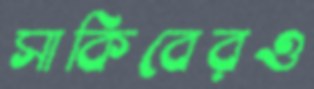
সাকিবেরও